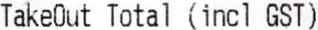
TAKEOUT TOTAL (INCL GST)